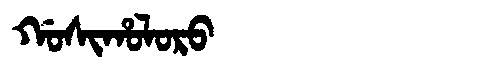
Manchu: ᡤᠣᠰᡳᡥᠣᠯᠣᡵᠣ
Romanization: GOSIHOLORO